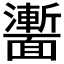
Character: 𩉍